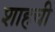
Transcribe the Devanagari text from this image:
शाहची